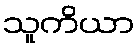
သူကိယာ